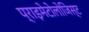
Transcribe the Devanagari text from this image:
प्राइमेटोलोजिस्ट